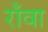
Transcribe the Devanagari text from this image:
राँवा